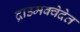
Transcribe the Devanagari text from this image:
द्राउमक्वेदेत